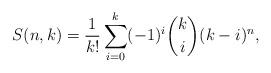
LaTeX: \begin{align*}S(n,k)=\frac1{k!}\sum_{i=0}^k(-1)^i\binom{k}{i}(k-i)^n,\end{align*}